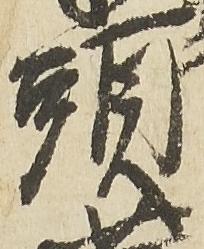
頭